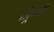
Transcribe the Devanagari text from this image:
फ़्रिजी